Vaccination Hyderabad 1872-1889 - 1872-1889
Year: 1872
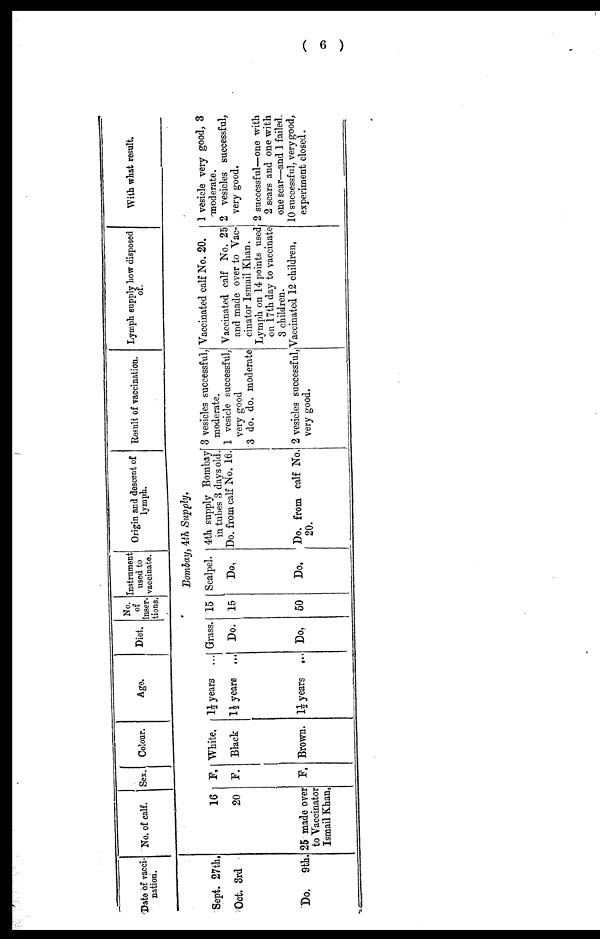
( 9 )
Date of vacci-
nation.
Sept. 27th.
Oct. 3rd
Do.
9th.
No. of calf. Sex. Colour.
Age.
Diet.
No.
of
inser-
tions.
Instrument
used to
vaccinate.
Origin and descent of
lymph.
Result of vaccination. Lymph supply how disposed
With what result.
Bombay, 4th Supply,
16
20
25 made over
to Vaccinator
Ismail Khan.
F.
F.
P.
White,
Black
Brown.
1½ years ...
1½ years ...
1½ years ...
Grass.
Do.
Do.
15
15
50
Scalpel.
Do.
Do.
4th supply Bombay
in tubes 3 days old.
Do. from calf No, 16.
Do. from calf No.
20.
3 vesicles successful,
moderate.
1 vesicle successful,
very good
3 do. do, moderate
2 vesicles successful,
very good.
Vaccinated calf No. 20.
Vaccinated calf No. 25
and made over to Vac-
cinator Ismail Khan.
Lymph on 14 points used
on 17th day to vaccinate
3 children.
Vaccinated 12 children,
1 vesicle very good, 3
moderate.
2 vesicles successful,
very good.
2 successful—one with
2 scars and one with
one scar—and 1 failed.
10 successful, verygood,
experiment closed.